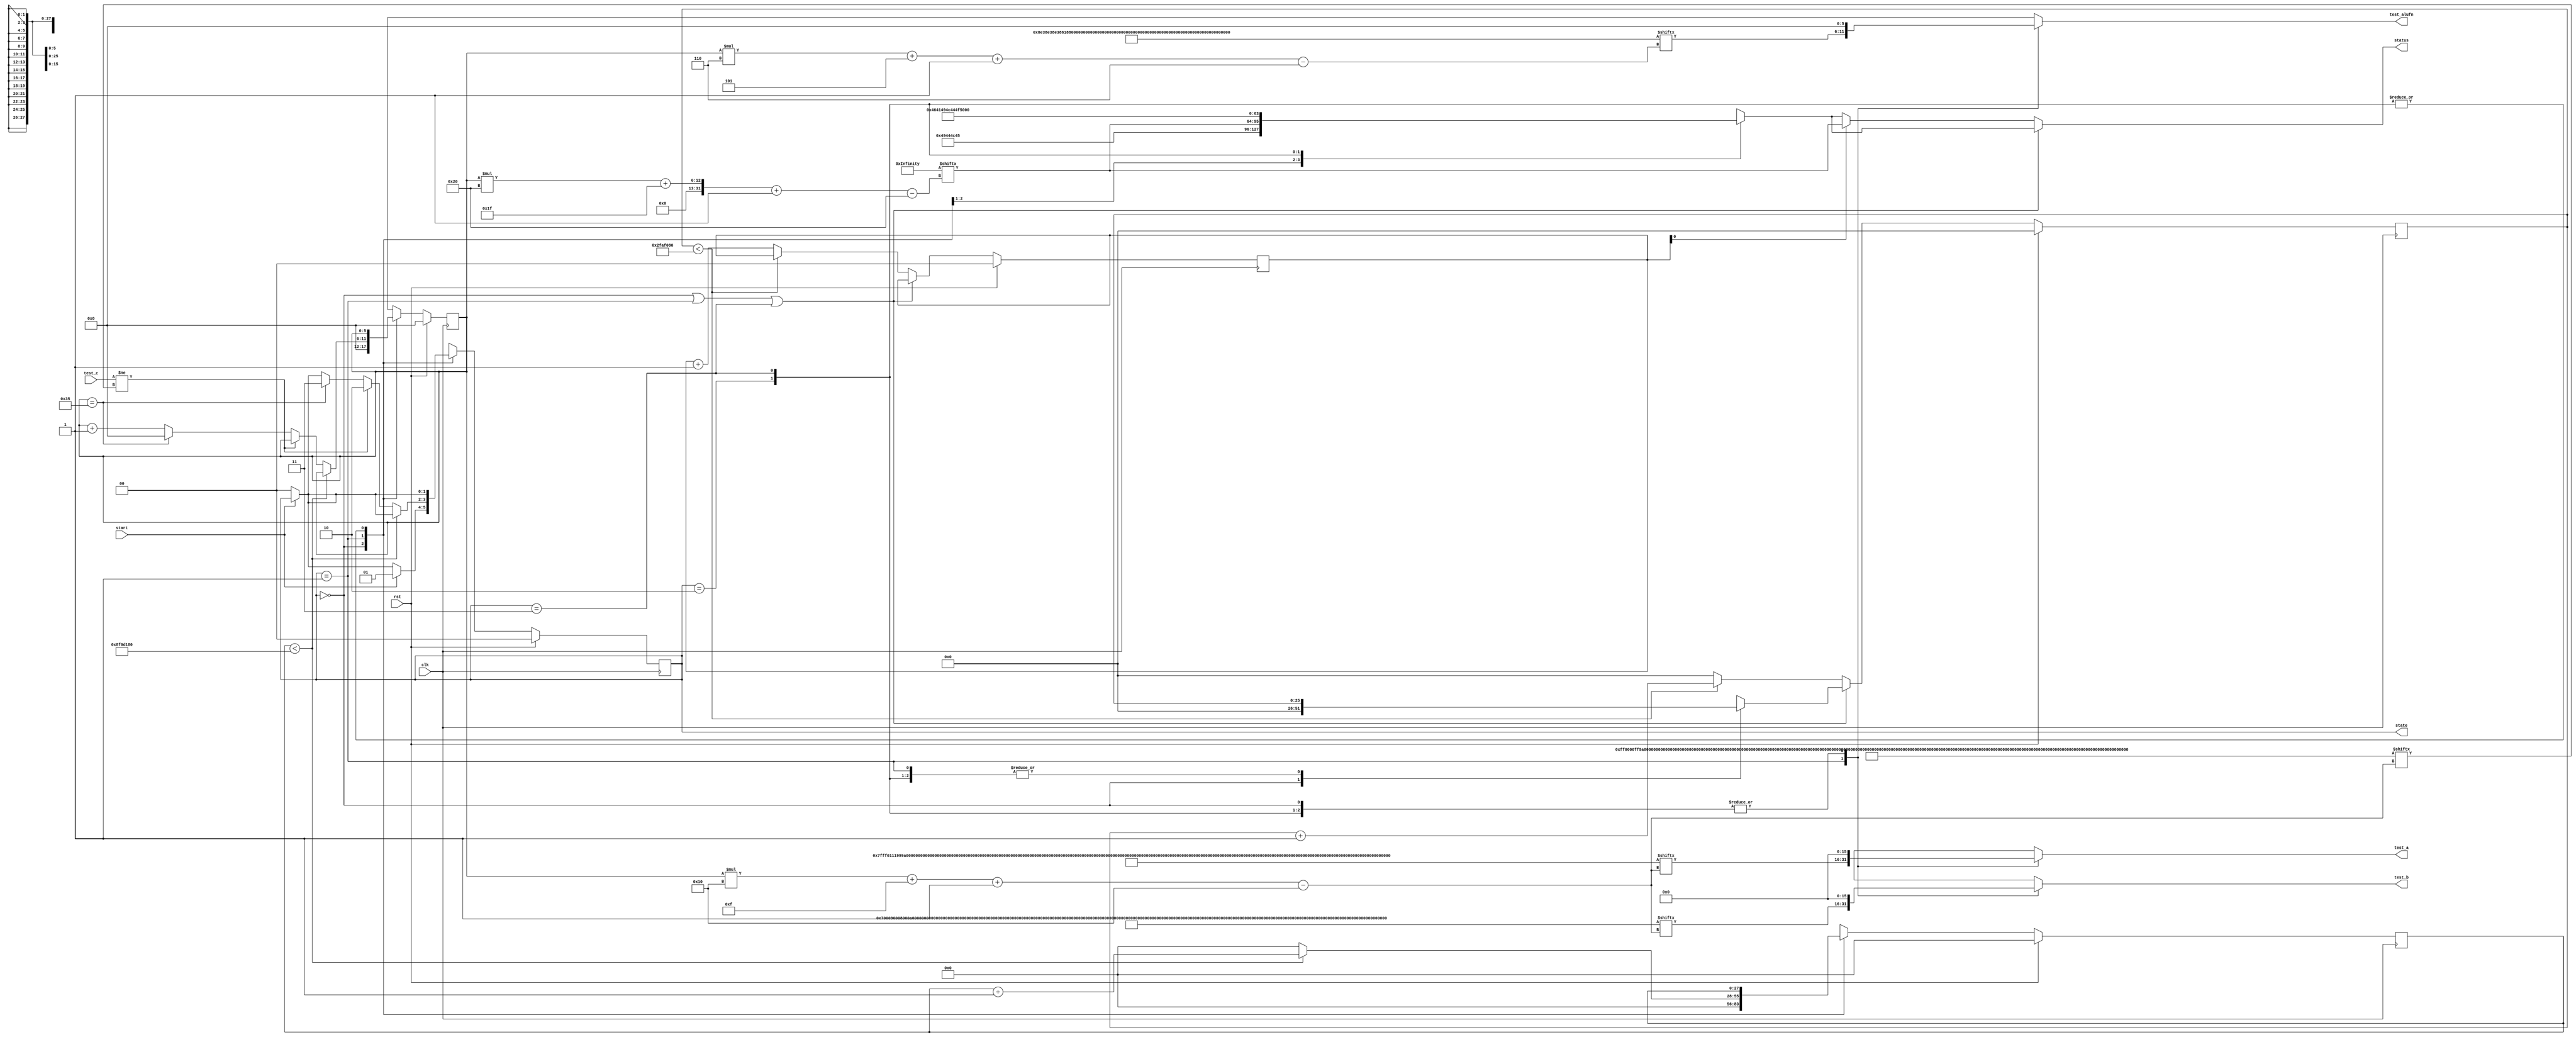
/*
   This file was generated automatically by the Mojo IDE version B1.3.6.
   Do not edit this file directly. Instead edit the original Lucid source.
   This is a temporary file and any changes made to it will be destroyed.
*/

/*
   Parameters:
     NUM_TEST_CASES = 54
     TEST_NAME = TestCasesROM.ALU_TEST_NAME
     TEST_A = TestCasesROM.ALU_TEST_A
     TEST_B = TestCasesROM.ALU_TEST_B
     TEST_ALUFN = TestCasesROM.ALU_TEST_ALUFN
     TEST_C = TestCasesROM.ALU_TEST_C
     BYPASS_FAIL = 0
     NUM_TEST_SECS = 3
     NUM_FAIL_SECS = 1
     NUM_FAIL_BLINKS = 2
*/
module basic_tester_20 (
    input clk,
    input rst,
    input start,
    input [15:0] test_c,
    output reg [15:0] test_a,
    output reg [15:0] test_b,
    output reg [5:0] test_alufn,
    output reg [1:0] state,
    output reg [31:0] status
  );
  
  localparam NUM_TEST_CASES = 6'h36;
  localparam TEST_NAME = 1728'h535241365352413553524134535241335352413253524131534852355348523453485233534852325348523153484c3553484c3453484c3353484c3253484c314e414e44204e4f52202020422020413220204131584f5232584f5231204f5232204f5231414e4432414e4431204c4535204c4534204c4533204c4532204c4531204c5435204c5434204c5433204c5432204c54312045513620455135204551342045513320455132204551314e4e554c53554235535542345355423353554232535542314144443541444434414444334144443241444431;
  localparam TEST_A = 864'h7fff01119999ffff4000800001119999ffff8000800088809999ffff0001000100015524010101019999d5249a26ffff8880ffff4789000bffff0000001f000b000bffff0000001f000b0001000bffff0000001f000b041a8ad04e200dacffff0001400080000102ffff0001;
  localparam TEST_B = 864'h000700090008000a000e000100090008000a000f000100090008000a000f00010003200a739773970008ffe78008200a9949000a1a0e000bffff0000000b001f000bffff0000000b001f0001000bffff0000000b001f07d01388c568f628ffff000140008000fed5ffff0001;
  localparam TEST_ALUFN = 324'h8e38e38e38618618608208205d171a69659e798637df7df7d75d75d73cf3cf3cc2041041040000000;
  localparam TEST_C = 864'h00ff0000ff99ffff0001c00000000099003f0001400000009900fc0080000002fffe8ad17397010199992ac31a2effff99c9000a020800010001000100000001000000000000000000010001000100010001000000000b20774888b817840000000080000000ffd7fffe0002;
  localparam BYPASS_FAIL = 1'h0;
  localparam NUM_TEST_SECS = 2'h3;
  localparam NUM_FAIL_SECS = 1'h1;
  localparam NUM_FAIL_BLINKS = 2'h2;
  
  
  localparam NUM_TEST_TIMER_CYCLES = 28'h8f0d180;
  
  localparam NUM_FAIL_TIMER_CYCLES = 26'h2faf080;
  
  reg [31:0] next_status;
  
  reg [27:0] M_display_test_timer_d, M_display_test_timer_q = 1'h0;
  reg [25:0] M_display_fail_timer_d, M_display_fail_timer_q = 1'h0;
  reg [1:0] M_fail_blink_ctr_d, M_fail_blink_ctr_q = 1'h0;
  reg [5:0] M_tester_ctr_d, M_tester_ctr_q = 1'h0;
  localparam IDLE_tester_state = 2'd0;
  localparam TEST_tester_state = 2'd1;
  localparam FAIL_tester_state = 2'd2;
  localparam DONE_tester_state = 2'd3;
  
  reg [1:0] M_tester_state_d, M_tester_state_q = IDLE_tester_state;
  
  always @* begin
    M_tester_state_d = M_tester_state_q;
    M_display_fail_timer_d = M_display_fail_timer_q;
    M_display_test_timer_d = M_display_test_timer_q;
    M_fail_blink_ctr_d = M_fail_blink_ctr_q;
    M_tester_ctr_d = M_tester_ctr_q;
    
    status = 32'h00000000;
    test_a = 1'h0;
    test_b = 1'h0;
    test_alufn = 1'h0;
    if (!start) begin
      M_tester_state_d = IDLE_tester_state;
    end
    state = M_tester_state_q;
    next_status = 32'h4e554c4c;
    
    case (M_tester_state_q)
      IDLE_tester_state: begin
        M_display_test_timer_d = 1'h0;
        M_display_fail_timer_d = 1'h0;
        M_tester_ctr_d = 1'h0;
        next_status = 32'h49444c45;
        if (start) begin
          M_tester_state_d = TEST_tester_state;
        end
      end
      TEST_tester_state: begin
        next_status = TEST_NAME[(M_tester_ctr_q)*32+31-:32];
        test_a = TEST_A[(M_tester_ctr_q)*16+15-:16];
        test_b = TEST_B[(M_tester_ctr_q)*16+15-:16];
        test_alufn = TEST_ALUFN[(M_tester_ctr_q)*6+5-:6];
        if (M_display_test_timer_q < 28'h8f0d180) begin
          M_display_test_timer_d = M_display_test_timer_q + 1'h1;
        end else begin
          M_display_test_timer_d = 1'h0;
          if (test_c != TEST_C[(M_tester_ctr_q)*16+15-:16]) begin
            M_tester_state_d = FAIL_tester_state;
          end else begin
            if (M_tester_ctr_q == 7'h35) begin
              M_tester_state_d = DONE_tester_state;
              M_tester_ctr_d = 1'h0;
            end else begin
              M_tester_ctr_d = M_tester_ctr_q + 1'h1;
            end
          end
        end
      end
      FAIL_tester_state: begin
        next_status = 32'h4641494c;
      end
      DONE_tester_state: begin
        next_status = 32'h444f4e45;
      end
    endcase
    if (M_tester_state_q == IDLE_tester_state | M_tester_state_q == TEST_tester_state | M_tester_state_q == DONE_tester_state) begin
      status = next_status;
    end else begin
      if (~M_fail_blink_ctr_q[0+0-:1]) begin
        status = next_status;
      end else begin
        status = TEST_NAME[(M_tester_ctr_q)*32+31-:32];
      end
      if (M_display_fail_timer_q < 26'h2faf080) begin
        M_display_fail_timer_d = M_display_fail_timer_q + 1'h1;
      end else begin
        M_display_fail_timer_d = 1'h0;
        if (1'h1) begin
          M_fail_blink_ctr_d = M_fail_blink_ctr_q + 1'h1;
        end else begin
          if (M_fail_blink_ctr_q < 5'h03) begin
            M_fail_blink_ctr_d = M_fail_blink_ctr_q + 1'h1;
          end else begin
            M_fail_blink_ctr_d = 1'h0;
            if (M_tester_ctr_q < 7'h35) begin
              M_tester_state_d = TEST_tester_state;
              M_tester_ctr_d = M_tester_ctr_q + 1'h1;
            end else begin
              M_tester_state_d = DONE_tester_state;
              M_tester_ctr_d = 1'h0;
            end
          end
        end
      end
    end
  end
  
  always @(posedge clk) begin
    if (rst == 1'b1) begin
      M_display_test_timer_q <= 1'h0;
      M_display_fail_timer_q <= 1'h0;
      M_fail_blink_ctr_q <= 1'h0;
      M_tester_ctr_q <= 1'h0;
      M_tester_state_q <= 1'h0;
    end else begin
      M_display_test_timer_q <= M_display_test_timer_d;
      M_display_fail_timer_q <= M_display_fail_timer_d;
      M_fail_blink_ctr_q <= M_fail_blink_ctr_d;
      M_tester_ctr_q <= M_tester_ctr_d;
      M_tester_state_q <= M_tester_state_d;
    end
  end
  
endmodule